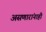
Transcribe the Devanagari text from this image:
असणारांनाही